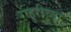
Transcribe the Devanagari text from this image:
राहुरीच्या